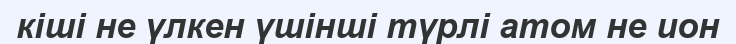
кіші не үлкен үшінші түрлі атом не ион